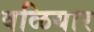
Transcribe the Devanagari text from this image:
वळियार